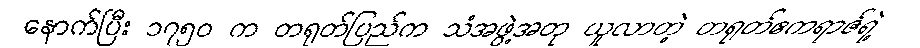
နောက်ပြီး ၁၇၅၀ က တရုတ်ပြည်က သံအဖွဲ့အတု ယူလာတဲ့ တရုတ်ဧကရာဇ်ရဲ့